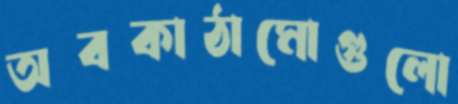
অবকাঠামোগুলো